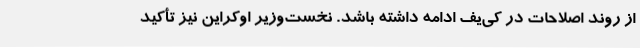
از روند اصلاحات در کی‌یف ادامه داشته باشد. نخست‌وزیر اوکراین نیز تأکید